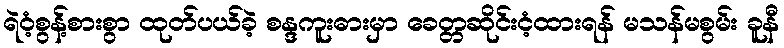
ရဲဝံ့စွန့်စားစွာ ထုတ်ပယ်ခဲ့ စန္ဒကူးဓားမှာ ခေတ္တဆိုင်းငံ့ထားရန် မသန်မစွမ်း ခူနီ